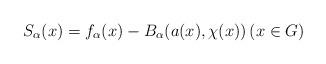
LaTeX: \begin{align*} S_{\alpha}(x)= f_{\alpha}(x)-B_{\alpha}(a(x), \chi(x)) \left(x\in G\right)\end{align*}